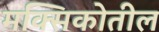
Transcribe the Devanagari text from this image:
मक्सिकोतील